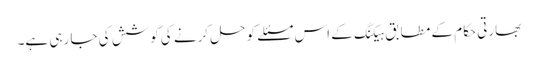
بھارتی حکام کے مطابق ہیکنگ کے اس مسئلے کو حل کرنے کی کوشش کی جا رہی ہے۔